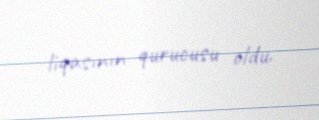
liqasının qurucusu oldu.